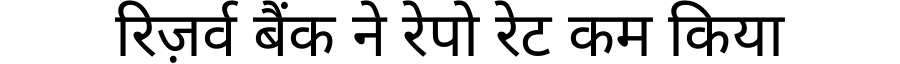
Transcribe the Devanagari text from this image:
रिज़र्व बैंक ने रेपो रेट कम किया